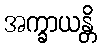
အက္ခာယန္တိ